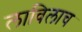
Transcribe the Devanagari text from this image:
लाविलाच